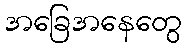
အခြေအနေတွေ